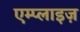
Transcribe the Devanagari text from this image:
एम्प्लाइज़